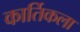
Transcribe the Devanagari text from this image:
कार्तिकला